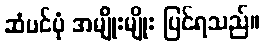
ဆံပင်ပုံ အမျိုးမျိုး ပြင်ရသည်။